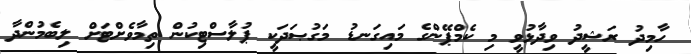
ހާމިދު ރަޝީދު ވިދާޅުވީ މި ކެމްޕޭންގެ މައިގަނޑު މަގުޞަދަކީ ޕުލާސްޓިކުން ތިމާވެށްޓަށް ލިބެމުންދާ